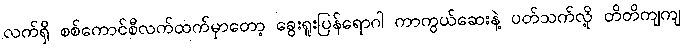
လက်ရှိ စစ်ကောင်စီလက်ထက်မှာတော့ ခွေးရူးပြန်ရောဂါ ကာကွယ်ဆေးနဲ့ ပတ်သက်လို့ တိတိကျကျ